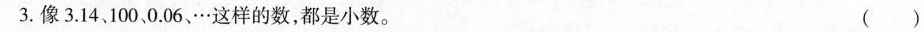
3.像3.14、100、0.06、… 这样的数，都是小数。 ()